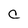
Character: C